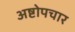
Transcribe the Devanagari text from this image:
अष्टोपचार